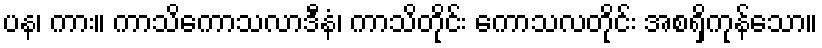
ပန၊ ကား။ ကာသိကောသလာဒီနံ၊ ကာသိတိုင်း ကောသလတိုင်း အစရှိကုန်သော။